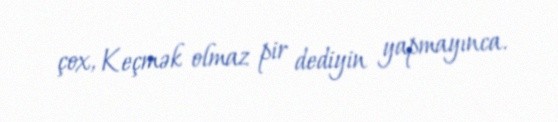
çox, Keçmək olmaz pir dediyin yapmayınca.